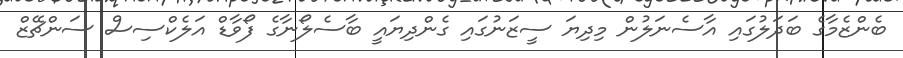
ބެންޒެމާގެ ބަދަލުގައި އާސެނަލުން މިދިޔަ ސީޒަނުގައި ގެންދިޔައީ ބާސެލޯނާގެ ފޯވާޑް އަލެކްސިސް ސަންޗޭޒް